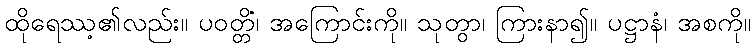
ထိုရေဿ့၏လည်း။ ပဝတ္တိံ၊ အကြောင်းကို။ သုတွာ၊ ကြားနာ၍။ ပဋ္ဌာနံ၊ အစကို။